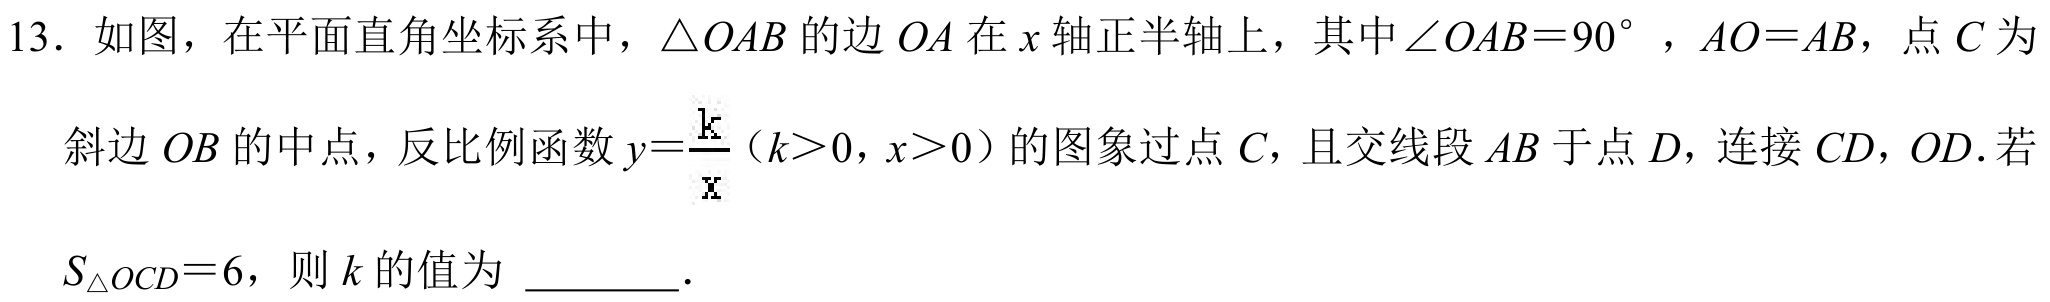
13. 如图，在平面直角坐标系中，$\triangle OAB$的边$OA$在$x$轴正半轴上，其中$\angle OAB = 90^{\circ}$，$AO = AB$，点$C$为
斜边$OB$的中点，反比例函数$y=\frac{k}{x}(k > 0,x > 0)$的图象过点$C$，且交线段$AB$于点$D$，连接$CD$，$OD$.若
$S_{\triangle OCD}=6$，则$k$的值为________.